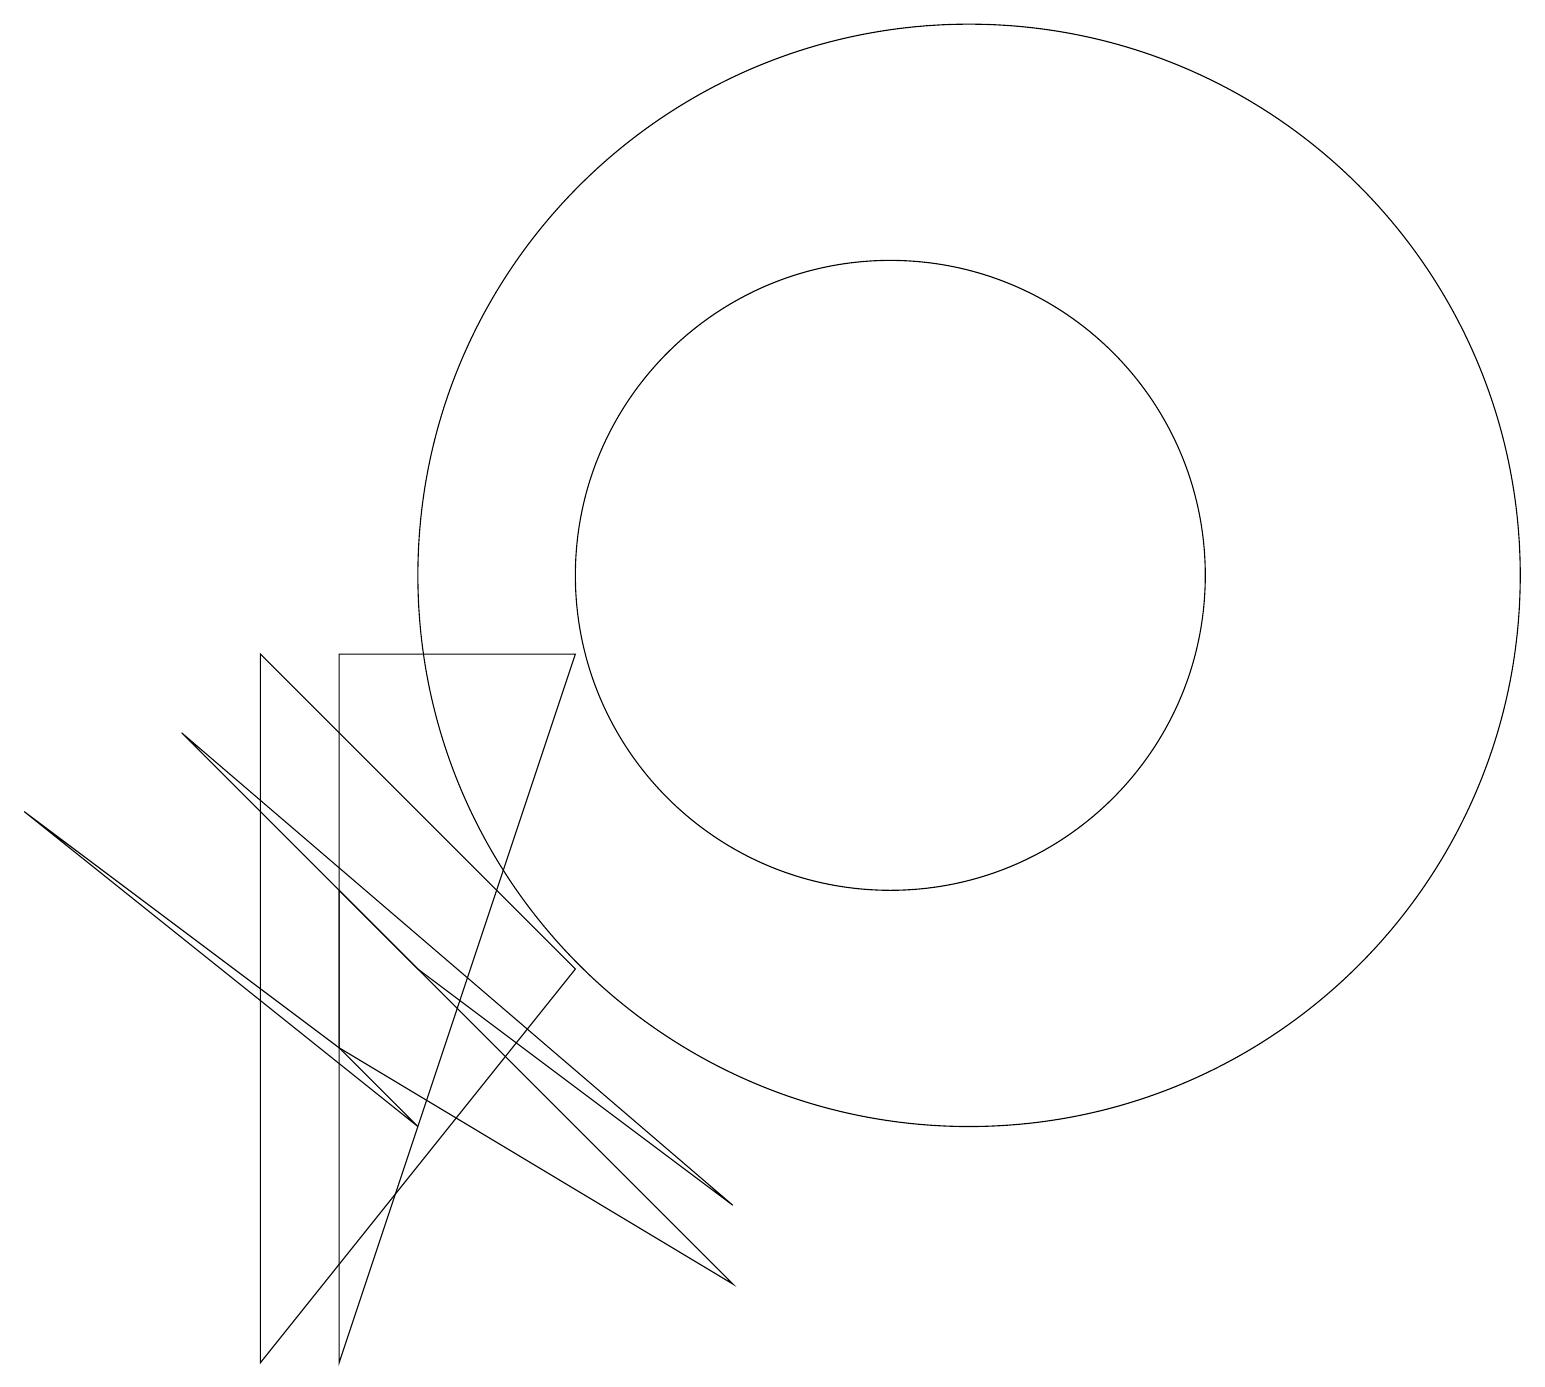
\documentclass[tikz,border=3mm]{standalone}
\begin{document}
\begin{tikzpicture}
\draw (3,0) -- (3,9) -- (7,5) -- cycle;
\draw (4,4) -- (0,7) -- (5,3) -- cycle;
\draw (11,10) circle (4);
\draw (4,0) -- (7,9) -- (4,9) -- cycle;
\draw (12,10) circle (7);
\draw (5,5) -- (9,2) -- (2,8) -- cycle;
\draw (9,1) -- (4,4) -- (4,6) -- cycle;
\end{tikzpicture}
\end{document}